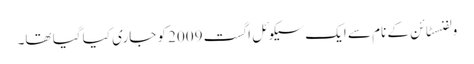
ولفنسٹائن کے نام سے ایک سیکوئل اگست 2009 کو جاری کیا گیا تھا۔